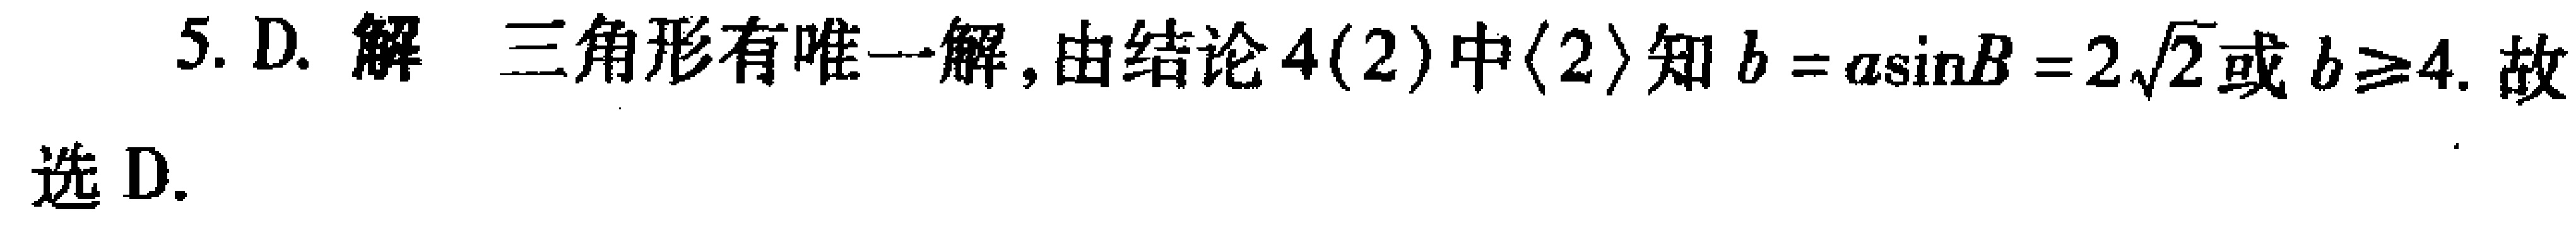
5. D. 解 三角形有唯一解, 由结论4(2)中$\langle 2\rangle$知$b = a\sin B=2\sqrt{2}$或$b\geqslant4$. 故选 D.